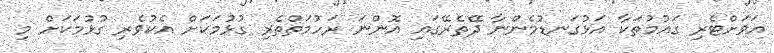
އަވަށްޓެރި ގައުމުތަކާ އަޅުގަނޑުމެންނާ ދޭތެރޭގައި އޮންނަ ރަހުމަތްތެރި ގުޅުމަކަށް އެކުވެރި ގުޅުމަކަށް މި